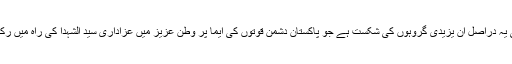
انہوں نے نشاندہی کی کی یہ دراصل ان یزیدی گروہوں کی شکست ہے جو پاکستان دشمن قوتوں کی ایما پر وطن عزیز میں عزاداری سید الشہدا کی راہ میں رکاوٹ پیدا کرنا چاہتے ہیں۔